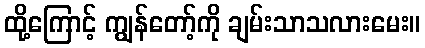
ထို့ကြောင့် ကျွန်တော့်ကို ချမ်းသာသလားမေး။